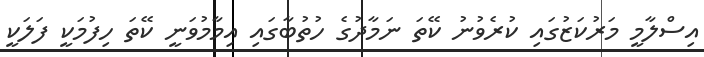
އިސްލާމީ މަރުކަޒުގައި ކުރެވުނު ކޭތަ ނަމާދުގެ ހުތުބާގައި އިމާމުވަނީ ކޭތަ ހިފުމަކީ ފަލަކީ